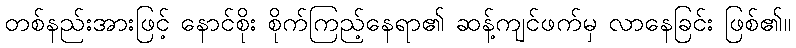
တစ်နည်းအားဖြင့် နောင်စိုး စိုက်ကြည့်နေရာ၏ ဆန့်ကျင်ဖက်မှ လာနေခြင်း ဖြစ်၏။